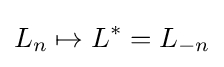
L_{n}\mapsto L^{*}=L_{-n}